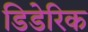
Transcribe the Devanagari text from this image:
डिडेरिक